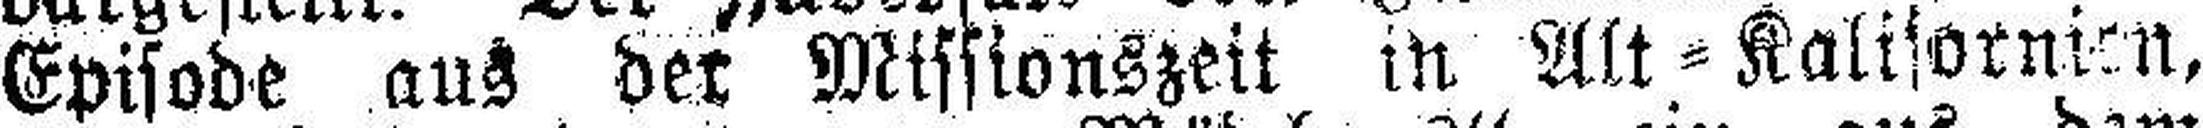
Episode aus der Missionszeit llr Alt=Kalifornien,